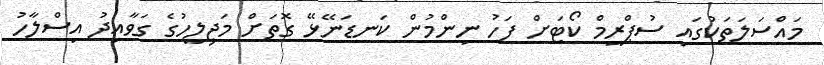
މައްސަލަތަކުގައި ސުޕްރީމް ކޯޓަށް ފަހު ނިންމުން ކަނޑަނޭޅޭ ގޮތަށް މަޖިލީހުގެ ގަވާއިދު އިސްލާހު